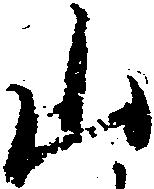
山